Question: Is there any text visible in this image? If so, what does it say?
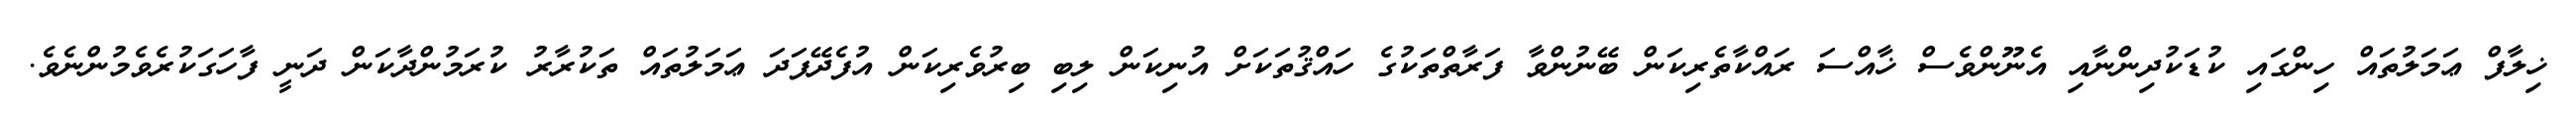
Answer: ޚިލާފް ޢަމަލުތައް ހިންގައި ކުޑަކުދިންނާއި އެނޫންވެސް ޚާއްސަ ރައްކާތެރިކަން ބޭނުންވާ ފަރާތްތަކުގެ ހައްޤުތަކަށް އުނިކަން ލިބި ބިރުވެރިކަން އުފެދޭފަދަ ޢަމަލުތައް ތަކުރާރު ކުރަމުންދާކަން ދަނީ ފާހަގަކުރެވެމުންނެވެ.